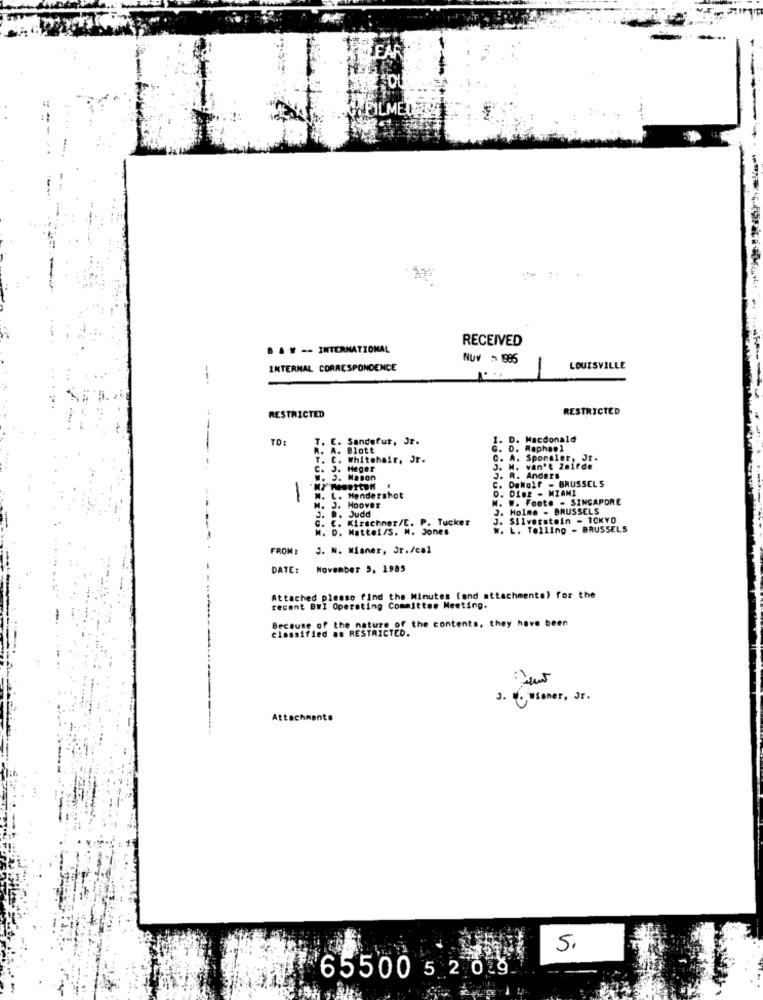
RECEIVED
B &W -- INTERNATIONAL
Nuv ~ 985
INTERNAL CORRESPONDENCE
LOUISVILLE
---
RESTRICTED
RESTRICTED
TO:
T. E. Sandefur, Jr.
I. D. Macdonald
Blott
G. D. Raphael
T. C. Whitehair, Jr.
C. A. Sponsler, Jr.
€.
Heger
J. M. van't Zmifde
3. Mason
J. R. Anders
DeWolf - BRUSSELS
O. Dimz - MIAMI
1
N. L.
Hendershot
M. W. Foote - SINGAPORE
M. J. Hoover
Judd
J. Holme - BRUSSELS
Kirschner/E. P. Tucker
J. Silverstein - 10KY0
D. Mattei/S. M. Jones
W. L. Telling - BRUSSELS
FROM:
J. N. Wisner, Sr./cal
DATE:
November 5. 1985
Attached please find the Minutes fond attachments) for the
recant BWI Operating Committee Meeting.
Because of the nature of the contents, they have been
classified as RESTRICTED.
J. Wiener, Jr.
Attachments
5.
65500 52 09